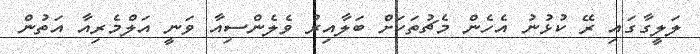
ލަލީގާގައި ރޭ ކުޅުނު އެހެން މެޗުތަކަށް ބަލާއިރު ވެލެންސިއާ ވަނީ އަލްމެރިއާ އަތުން